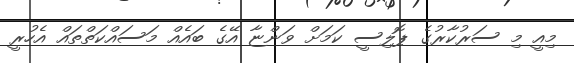
މިއީ މި ސަރުކާރުގެ ޕޮލިސީ ކަމަށް ވަންޏާ އޭގެ ބައެއް މަސައްކަތްތައް އެހުރީ